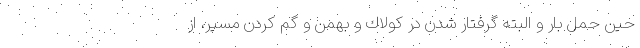
حين حمل بار و البته گرفتار شدن در كولاك و بهمن و گم كردن مسير، از